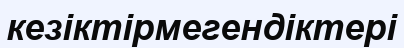
кезіктірмегендіктері